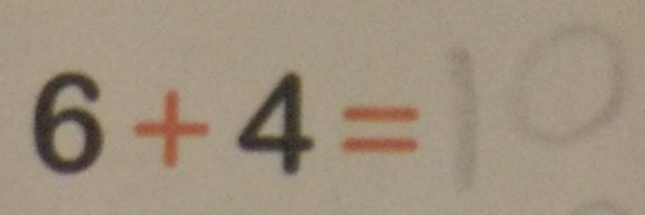
6 + 4 = 1 0